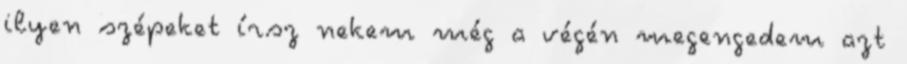
ilyen szépeket írsz nekem még a végén megengedem azt